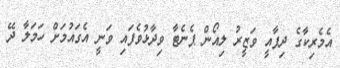
އެމެރިކާގެ ދިފާއީ ވަޒީރު ލިއޯން ޕެނެޓާ ވިދާޅުވެފައި ވަނީ އެގައުމަށް ހަމަލާ ދޭ